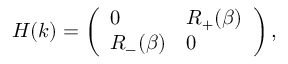
\begin{array} { r } { H ( k ) = \left( \begin{array} { l l } { 0 } & { R _ { + } ( \beta ) } \\ { R _ { - } ( \beta ) } & { 0 } \end{array} \right) , } \end{array}